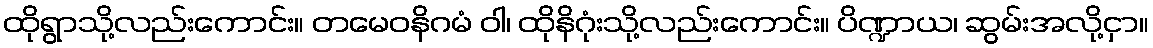
ထိုရွာသို့လည်းကောင်း။ တမေဝနိဂမံ ဝါ၊ ထိုနိဂုံးသို့လည်းကောင်း။ ပိဏ္ဍာယ၊ ဆွမ်းအလို့ငှာ။